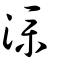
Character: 澲